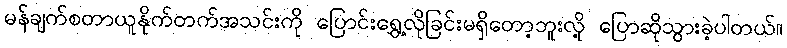
မန်ချက်စတာယူနိုက်တက်အသင်းကို ပြောင်းရွှေ့လိုခြင်းမရှိတော့ဘူးလို့ ပြောဆိုသွားခဲ့ပါတယ်။